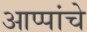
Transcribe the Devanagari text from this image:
आप्पांचे